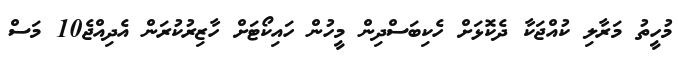
މުހީތު މަރާލި ކުއްޖަކާ ދެކޮޅަށް ހެކިބަސްދިން މީހުން ހައިކޯޓަށް ހާޒިރުކުރަން އެދިއްޖެ10 މަސް